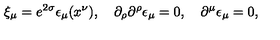
\xi _ { \mu } = e ^ { 2 \sigma } \epsilon _ { \mu } ( x ^ { \nu } ) , \quad \partial _ { \rho } \partial ^ { \rho } \epsilon _ { \mu } = 0 , \quad \partial ^ { \mu } \epsilon _ { \mu } = 0 ,